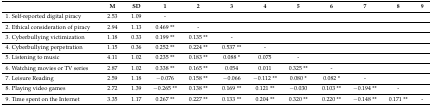
|  | M | SD | 1 | 2 | 3 | 4 | 5 | 6 | 7 | 8 | 9 |
 | --- | --- | --- | --- | --- | --- | --- | --- | --- | --- | --- | --- |
 | 1. Self-reported digital piracy | 2.53 | 1.09 | - |  |  |  |  |  |  |  |  |
 | 2. Ethical consideration of piracy | 2.94 | 1.13 | 0.469 ** | - |  |  |  |  |  |  |  |
 | 3. Cyberbullying victimization | 1.18 | 0.33 | 0.199 ** | 0.135 ** | - |  |  |  |  |  |  |
 | 4. Cyberbullying perpetration | 1.15 | 0.36 | 0.252 ** | 0.224 ** | 0.537 ** | - |  |  |  |  |  |
 | 5. Listening to music | 4.11 | 1.02 | 0.235 ** | 0.183 ** | 0.088 * | 0.075 | - |  |  |  |  |
 | 6. Watching movies or TV series | 2.87 | 1.02 | 0.338 ** | 0.165 ** | 0.054 | 0.011 | 0.325 ** | - |  |  |  |
 | 7. Leisure Reading | 2.59 | 1.18 | −0.076 | 0.158 ** | −0.066 | −0.112 ** | 0.080 * | 0.082 * | - |  |  |
 | 8. Playing video games | 2.72 | 1.39 | −0.265 ** | 0.138 ** | 0.169 ** | 0.121 ** | −0.030 | 0.103 ** | −0.194 ** | - |  |
 | 9. Time spent on the Internet | 3.35 | 1.17 | 0.267 ** | 0.227 ** | 0.133 ** | 0.204 ** | 0.320 ** | 0.220 ** | −0.148 ** | 0.171 ** | - |